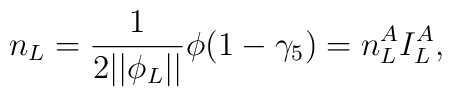
n_L=\frac 1{2||\phi _L||}\phi (1-\gamma _5)=n_L^AI_L^A,